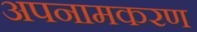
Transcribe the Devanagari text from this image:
अपनामकरण